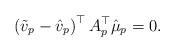
LaTeX: \begin{align*}\left(\tilde{v}_{p}-\hat{v}_{p}\right)^{\top}A_{p}^{\top}\hat{\mu}_{p}=0.\end{align*}